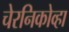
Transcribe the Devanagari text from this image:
चेरनिकोव्हा